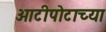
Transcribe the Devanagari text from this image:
ओटीपोटाच्या